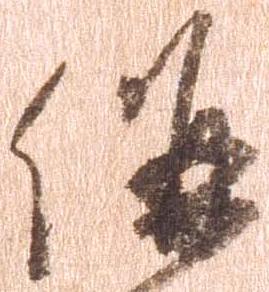
併